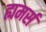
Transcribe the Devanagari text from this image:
ह्यमर्स